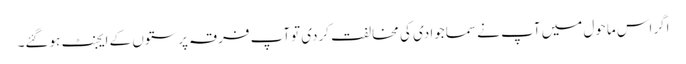
اگراس ماحول میں آپ نے سماجوادی کی مخالفت کردی توآپ فرقہ پرستوں کے ایجنٹ ہوگئے۔